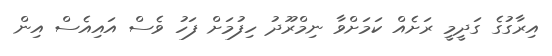
އިރާގުގެ ގަދީމީ ރަށެއް ކަމަށްވާ ނިމްރޫދު ހިފުމަށް ފަހު ވެސް އައިއެސް އިން